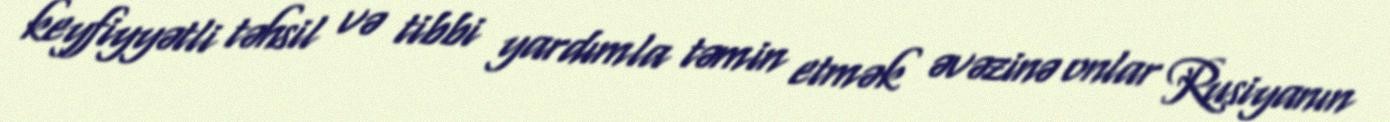
keyfiyyətli təhsil və tibbi yardımla təmin etmək əvəzinə onlar Rusiyanın